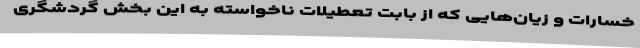
خسارات و زیان‌هایی که از بابت تعطیلات ناخواسته به این بخش گردشگری